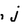
Character: j